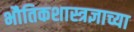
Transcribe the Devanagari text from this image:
भौतिकशास्त्रज्ञाच्या